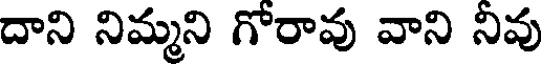
దాని నిమ్మని గోరావు వాని నివు